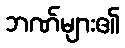
ဘဏ်များ၏